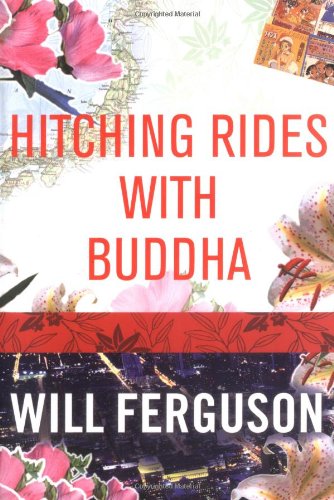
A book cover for Hitching Rides with Buddha; Will Ferguson; Travel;